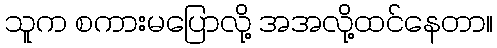
သူက စကားမပြောလို့ အအလို့ထင်နေတာ။